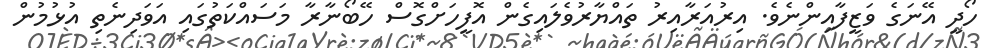
ހޯދީ އޭނަގެ ވަޒީފާއިންނެވެ. އިރުއަރާއިރު ތައްޔާރުވެލައިގެން އޮފީހަށްގޮސް ހޭބޯނާރާ މަސައްކަތުގައި އަވަދިނެތި އުޅުމުން